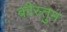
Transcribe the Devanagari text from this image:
कौस्तुम